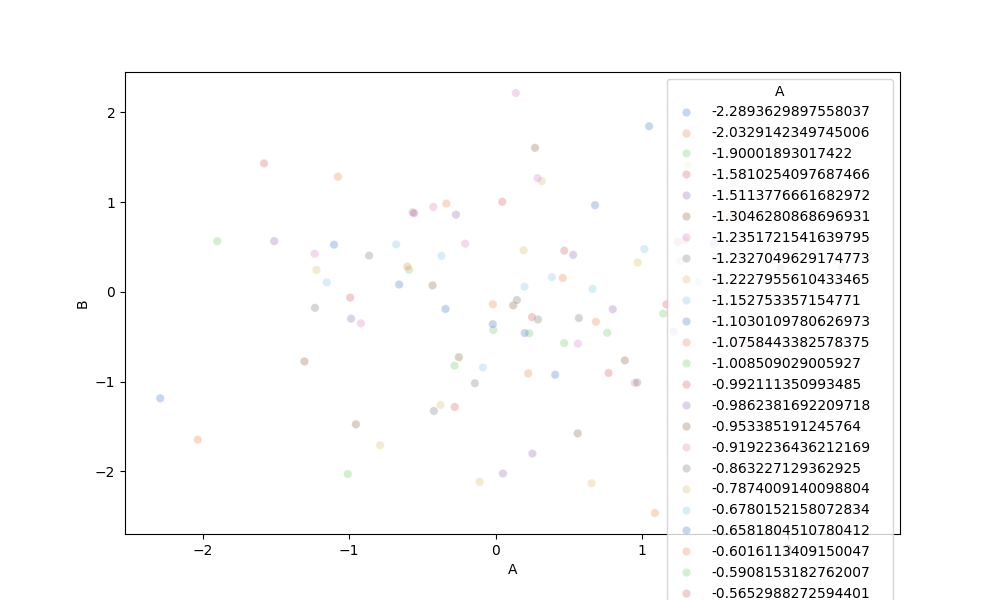
python, seaborn, scatterplot, hue='A', style='None', size='None', palette='muted', alpha=0.3